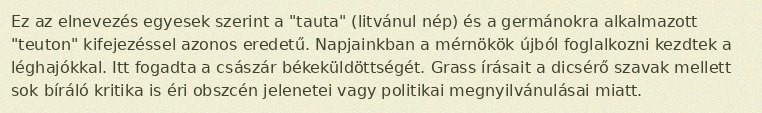
Ez az elnevezés egyesek szerint a "tauta" (litvánul nép) és a germánokra alkalmazott "teuton" kifejezéssel azonos eredetű. Napjainkban a mérnökök újból foglalkozni kezdtek a léghajókkal. Itt fogadta a császár békeküldöttségét. Grass írásait a dicsérő szavak mellett sok bíráló kritika is éri obszcén jelenetei vagy politikai megnyilvánulásai miatt.